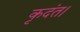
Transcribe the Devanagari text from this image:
कृदंत।